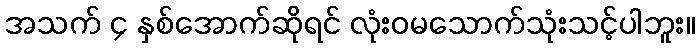
အသက် ၄ နှစ်အောက်ဆိုရင် လုံးဝမသောက်သုံးသင့်ပါဘူး။